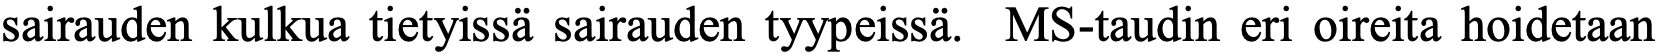
sairauden kulkua tietyissä sairauden tyypeissä. MS-taudin eri oireita hoidetaan